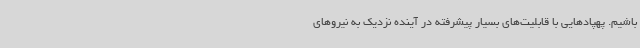
باشیم. پهپادهایی با قابلیت‌های بسیار پیشرفته در آینده نزدیک به نیروهای